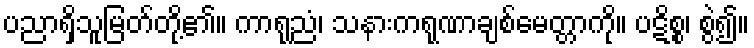
ပညာရှိသူမြတ်တို့၏။ ကာရုညံ၊ သနားကရုဏာချစ်မေတ္တာကို။ ပဋိစ္စ၊ စွဲ၍။